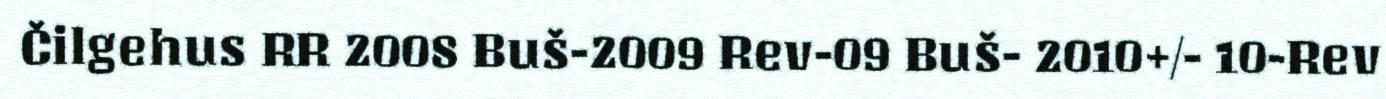
Čilgehus RR 2008 Buš-2009 Rev-09 Buš- 2010+/- 10-Rev